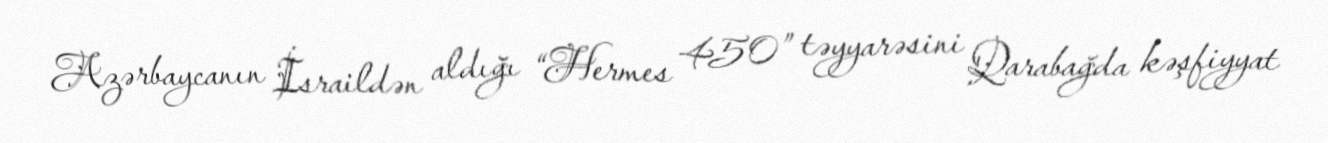
Azərbaycanın İsraildən aldığı “Hermes 450” təyyarəsini Qarabağda kəşfiyyat